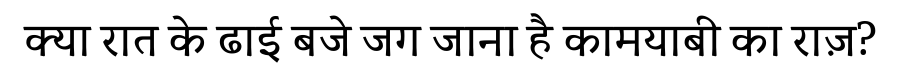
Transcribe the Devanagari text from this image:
क्या रात के ढाई बजे जग जाना है कामयाबी का राज़?